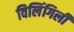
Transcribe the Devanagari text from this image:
विलिंगिली